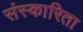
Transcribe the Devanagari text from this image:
संस्कारिता